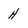
Character: h